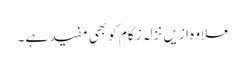
علاوہ ازیں نزلہ زکام کو بھی مفید ہے ۔